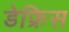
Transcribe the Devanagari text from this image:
डेफ्रिस